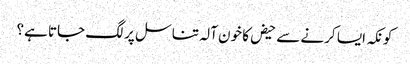
کونکہ ایسا کرنے سے حیض کا خون آلہ تناسل پر لگ جاتا ہے؟